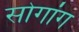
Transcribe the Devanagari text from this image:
सोगांग